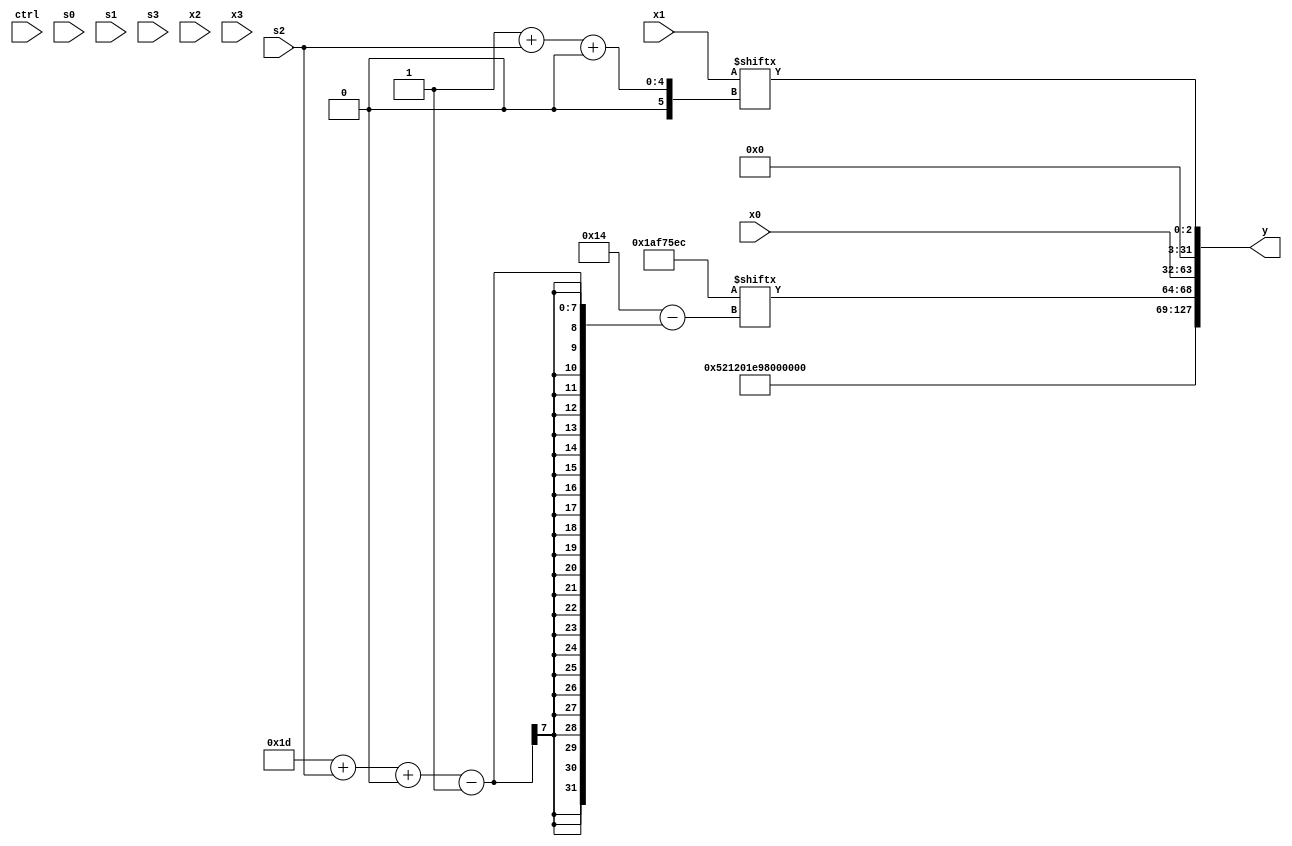
module partsel_00374(ctrl, s0, s1, s2, s3, x0, x1, x2, x3, y);
  input [3:0] ctrl;
  input [2:0] s0;
  input [2:0] s1;
  input [2:0] s2;
  input [2:0] s3;
  input [31:0] x0;
  input signed [31:0] x1;
  input [31:0] x2;
  input [31:0] x3;
  wire [27:1] x4;
  wire signed [2:30] x5;
  wire signed [0:31] x6;
  wire signed [28:3] x7;
  wire [7:30] x8;
  wire signed [2:26] x9;
  wire [27:2] x10;
  wire [5:27] x11;
  wire signed [6:25] x12;
  wire signed [25:3] x13;
  wire [27:0] x14;
  wire [0:30] x15;
  output [127:0] y;
  wire [31:0] y0;
  wire signed [31:0] y1;
  wire signed [31:0] y2;
  wire signed [31:0] y3;
  assign y = {y0,y1,y2,y3};
  localparam signed [1:25] p0 = 229602796;
  localparam signed [24:2] p1 = 13016804;
  localparam signed [1:31] p2 = 606340051;
  localparam [30:6] p3 = 214358601;
  assign x4 = {2{{(ctrl[3] && ctrl[1] || !ctrl[0] ? (x1 ^ (!ctrl[1] && !ctrl[2] && ctrl[1] ? x1[13 +: 1] : p2[8])) : p3[16]), ({x2[4 + s2], {2{p0}}} & (!ctrl[0] && ctrl[1] && ctrl[1] ? p2[13 -: 2] : x3[21 + s1 -: 6]))}}};
  assign x5 = {p2[14], (!ctrl[0] && !ctrl[2] || ctrl[2] ? {({x0[11 +: 2], p3[16 -: 1]} + x3), {2{(p3[15 + s3] & p2)}}} : {{2{(!ctrl[0] && ctrl[0] || ctrl[1] ? x4[16] : p0[4 + s3 -: 1])}}, {2{(p1[17] & (p3 ^ ((x4 - p2[12 +: 2]) + (p1 - p0[4 + s1 +: 3]))))}}})};
  assign x6 = {2{(p3[12 -: 4] & x2[17 + s1])}};
  assign x7 = {2{(x4[10 + s0 +: 4] + ({(x5[18 + s3 -: 5] + x3[28 + s0 +: 2]), p0[8 + s1]} ^ p3[13]))}};
  assign x8 = x2[9 + s1 +: 6];
  assign x9 = p0;
  assign x10 = x8[13];
  assign x11 = x0[7 + s1];
  assign x12 = (!ctrl[0] && ctrl[0] || !ctrl[2] ? {2{(({2{p2[10 +: 4]}} & x3[28 + s0 -: 1]) ^ x9)}} : p0[24 + s2 +: 8]);
  assign x13 = p2[25 + s2 -: 7];
  assign x14 = p1;
  assign x15 = x14[14 +: 2];
  assign y0 = {2{{2{p2}}}};
  assign y1 = p0[29 + s2 +: 5];
  assign y2 = x0;
  assign y3 = x1[1 + s2 +: 3];
endmodule